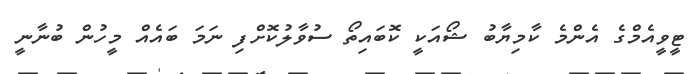
ޓީވީއެމްގެ އެންމެ ކާމިޔާބު ޝޯއަކީ ކޮބައިތޯ ސުވާލުކޮށްފި ނަމަ ބައެއް މީހުން ބުނާނީ